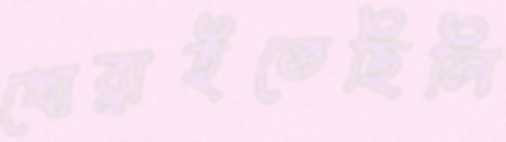
খোব্‌লাইতেছিলি